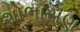
શોભાસણ